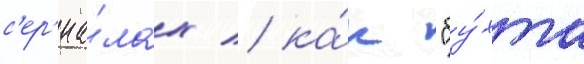
с'ер'иа́лах / ка́к "бу́хта